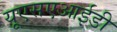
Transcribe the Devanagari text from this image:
यूएसएआईडी